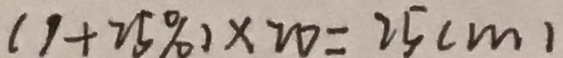
( 1 + 2 5 \% ) \times 2 0 = 2 5 ( m )